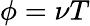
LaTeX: \phi=\nu T